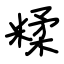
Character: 糅